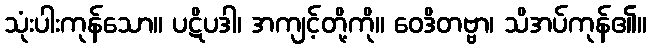
သုံးပါးကုန်သော။ ပဋိပဒါ၊ အကျင့်တို့ကို။ ဝေဒိတဗ္ဗာ၊ သိအပ်ကုန်၏။